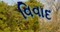
વિવાદ